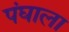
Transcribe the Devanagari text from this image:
पंघाला